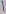
Text: 1